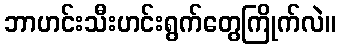
ဘာဟင်းသီးဟင်းရွက်တွေကြိုက်လဲ။